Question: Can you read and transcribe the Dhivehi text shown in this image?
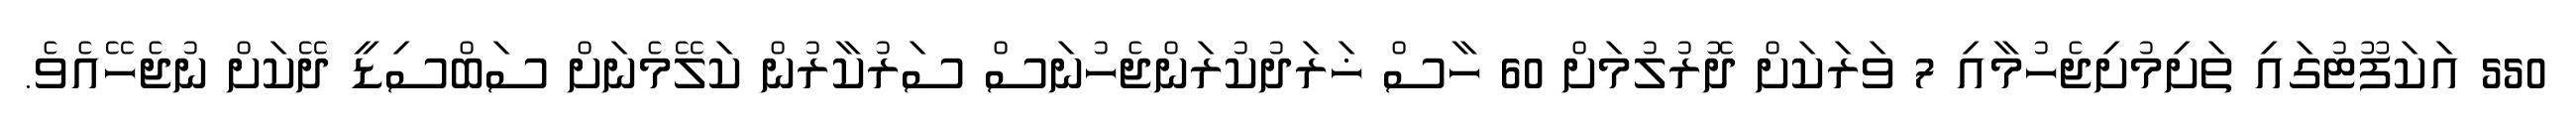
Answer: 550 އަކަފޫޓުގައި ތަށިމުށިޖެހުމާއި 7 ވަރަކަށް ދޮރުލުމަށް 60 ހާސް ޚަރަދުކުރަންޖެހުނަސް ސަރުކާރުން ކަލޭމެނަށް ސަބްސިޑީ ދޭކަށް ނުޖެހޭއެވެ.